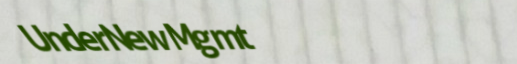
UnderNewMgmt